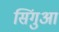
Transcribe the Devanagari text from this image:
सिंगुआ